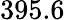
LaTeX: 395.6